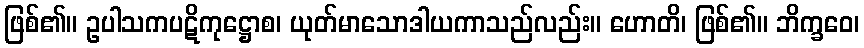
ဖြစ်၏။ ဥပါသကပဋိကုဋ္ဌောစ၊ ယုတ်မာသောဒါယကာသည်လည်း။ ဟောတိ၊ ဖြစ်၏။ ဘိက္ခဝေ၊